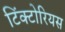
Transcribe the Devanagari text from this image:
टिंक्टोरियस